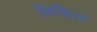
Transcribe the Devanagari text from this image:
किफिल